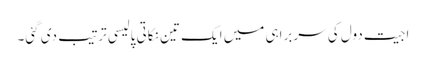
اجیت دول کی سربراہی میں ایک تین نکاتی پالیسی ترتیب دی گئی۔